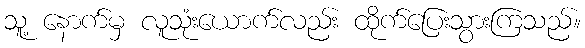
သူ့ နောက်မှ လူသုံးယောက်လည်း ထိုက်ပြေးသွားကြသည်။